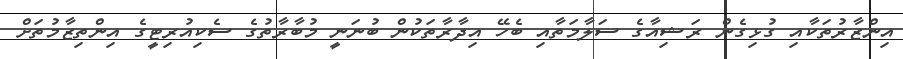
އިންޒާރުތަކާއި ގުޅިގެން ރަޝިއާގެ ސަލާމަތާއި ބެހޭ އިދާރާތަކުން ބުނަނީ މުބާރާތުގެ ސެކިއުރިޓީގެ އިންތިޒާމުތަށް